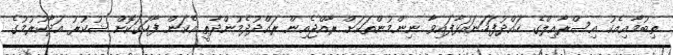
ތިބުމާއިއެކު އިސްރާއިލްގެ ހައްދުފަހަނައަޅާފައިވާ ނިންމުންތަކަށް ރާއްޖެއިން ރައްދުދެމުންދާތީ އެކަން ފާހަގަކޮށް ޝުކުރު އަދާކުރުމުގެ